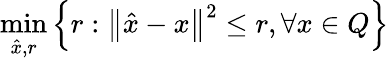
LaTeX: \operatorname*{min}_{{\hat{x}},r}\left\{ r:\left\| {\hat{x}}-x\right\| ^{2}\leq r,\forall x\in Q\right\}